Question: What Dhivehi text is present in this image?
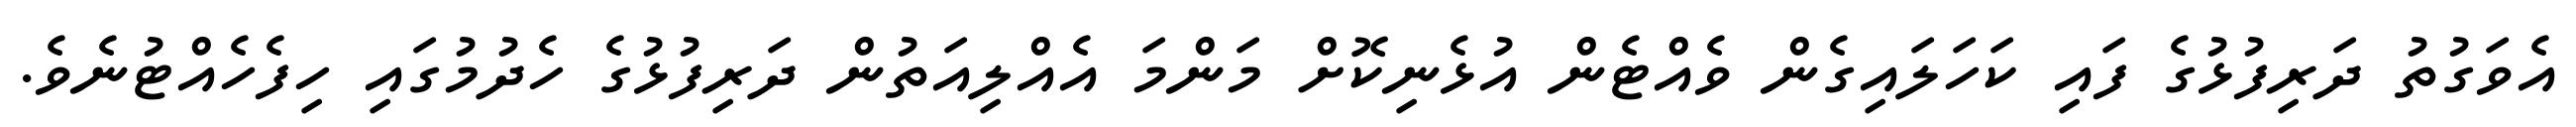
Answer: އެވަގުތު ދަރިފުޅުގެ ފައި ކަހަލައިގެން ވެއްޓެން އުޅެނިކޮށް މަންމަ އެއްލިއަތުން ދަރިފުޅުގެ ހެދުމުގައި ހިފެހެއްޓުނެވެ.